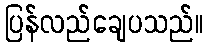
ပြန်လည်ချေပသည်။